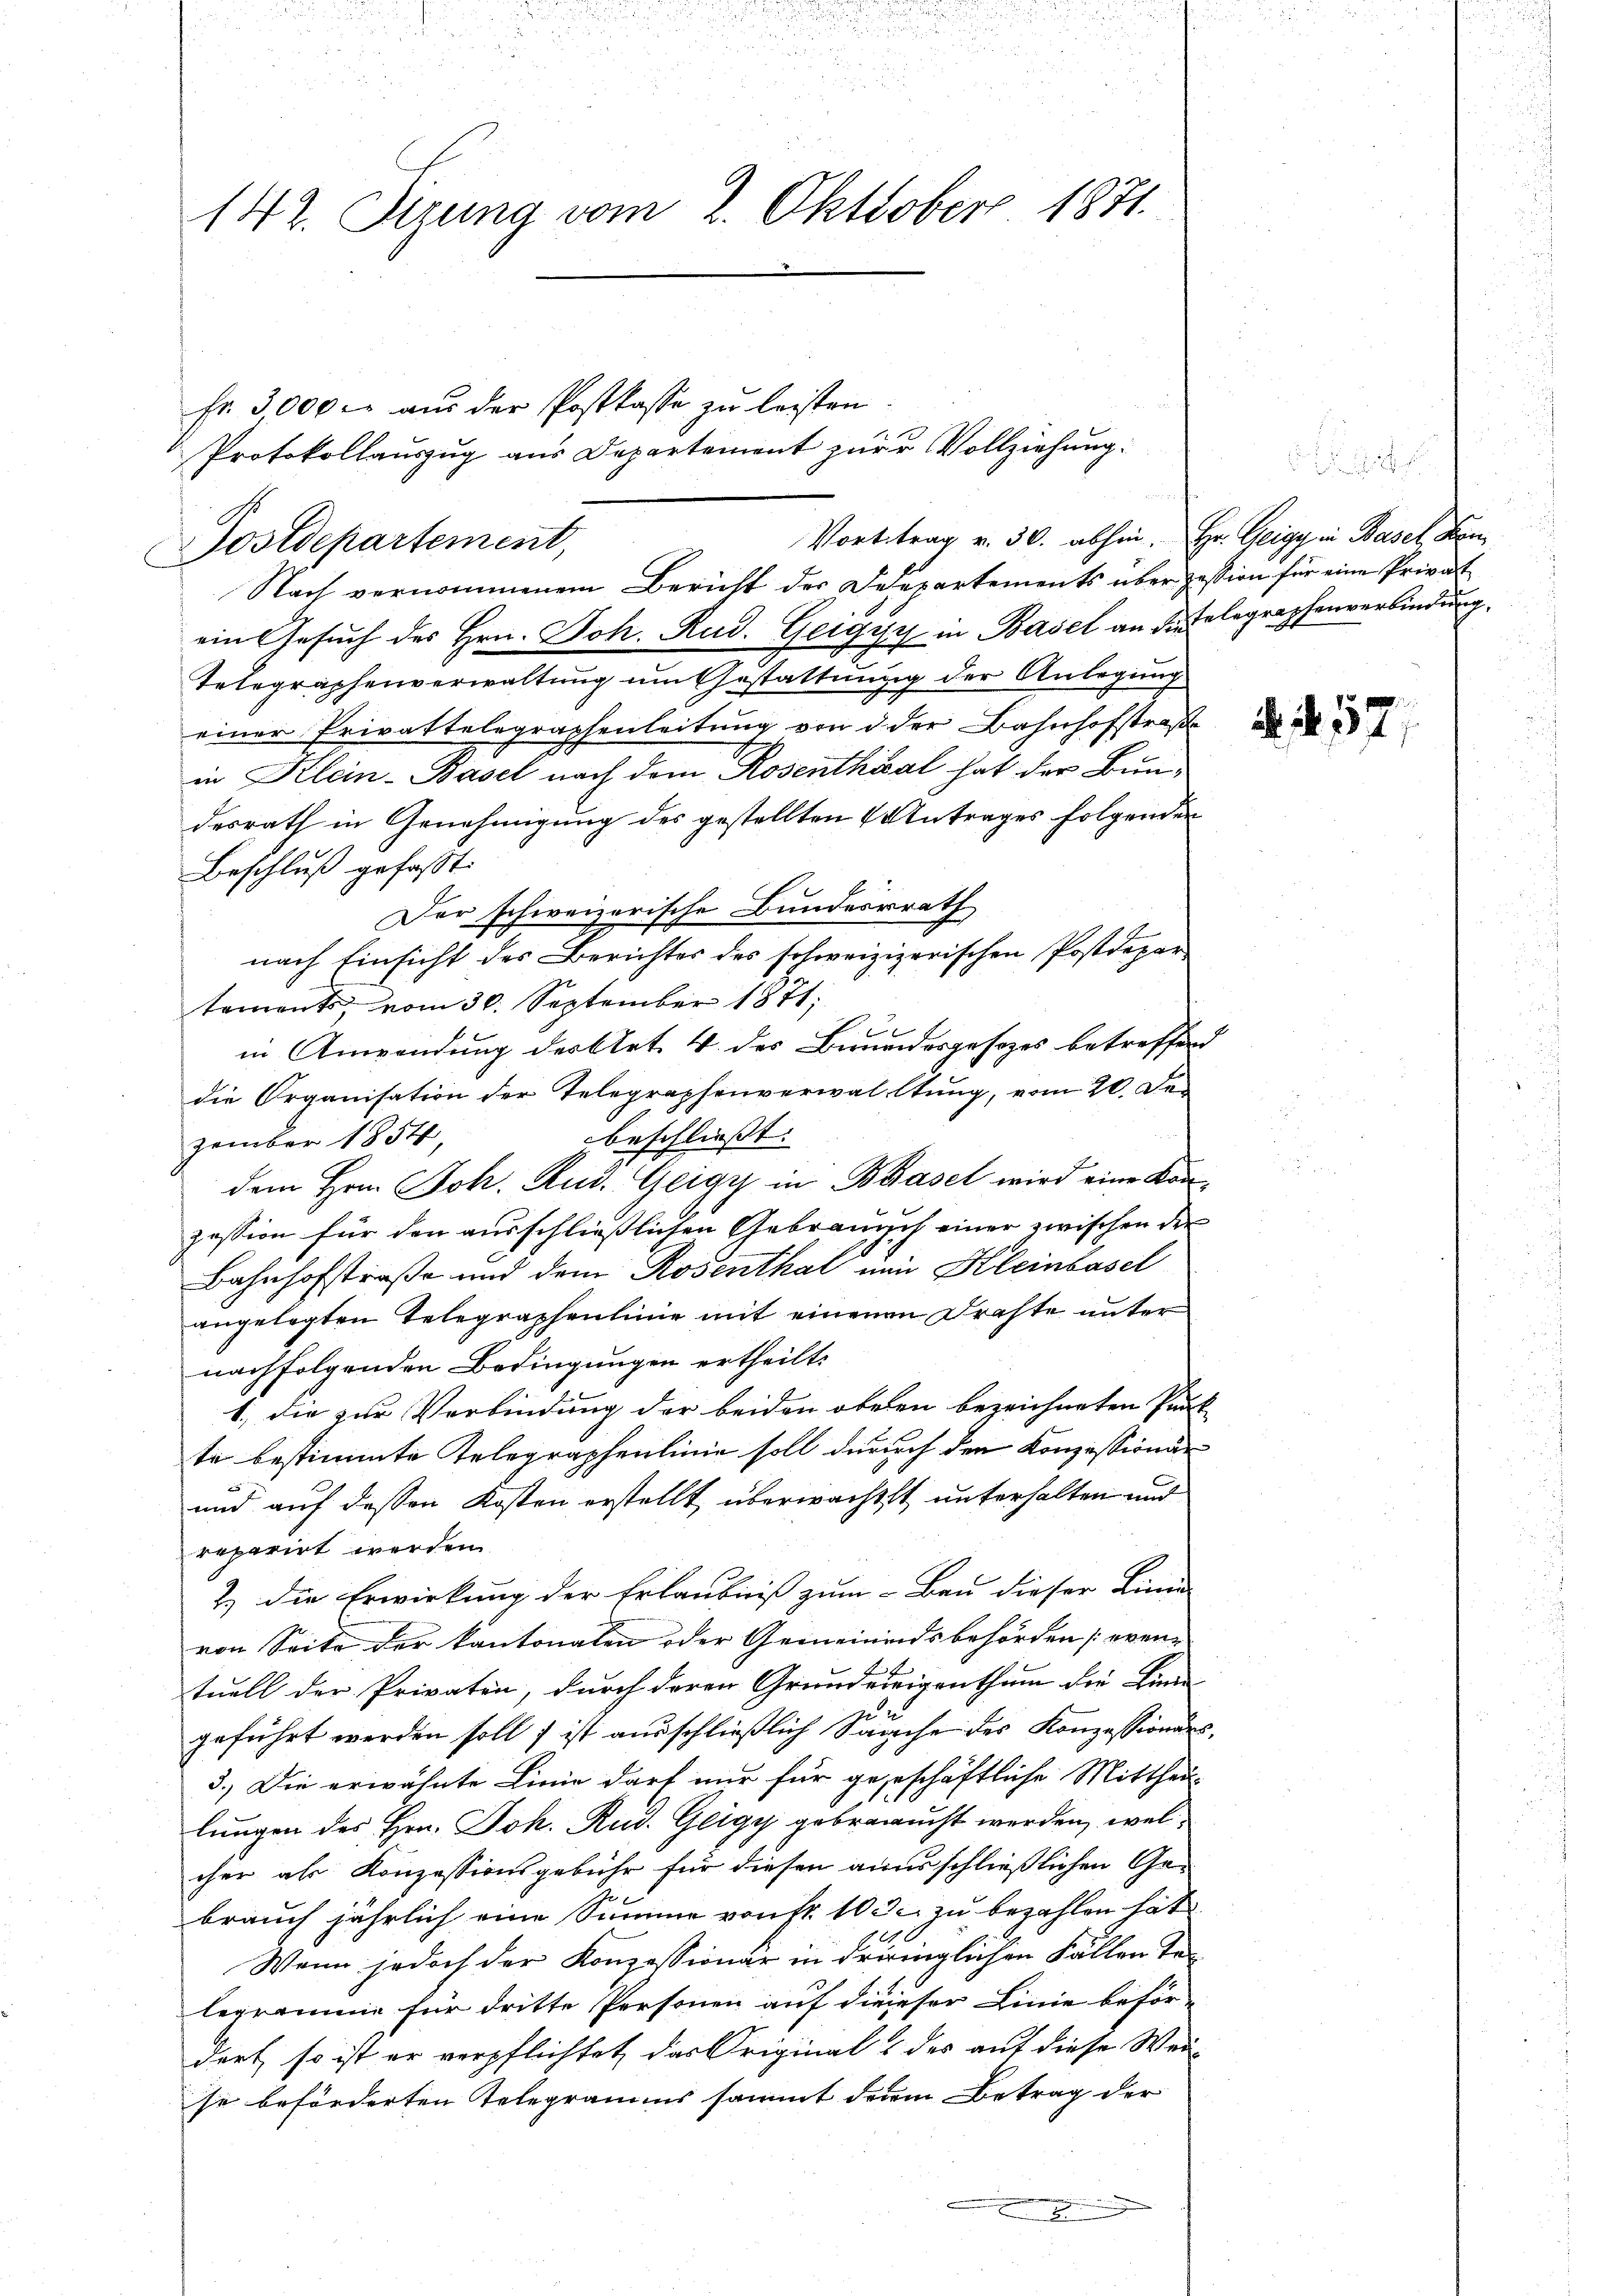
142. Stzung vom 2. Oktober 1871.

Vorttrag v. 30. abhin. Hr. Geigy in Basel Ken
ein Gesuch des Hrn. Joh. Rud. Geigyy in Basel an die Telegraphenverbindung.
Telegraphenverwaltung um Gestattung der Anlegung
einer Privattelegraphenleitung von d. der Bahnhofstraße
in Klein-Basel nach dem Rosenthésal hat der Bundesrath in Genehmigung des gestellten Antrages folgenden
Beschluß gefaßt.
Der schweizerische Bundesrath
nach Einsicht des Berichter des schweizizerischen Postdepar
taments, vom 30. September 1871;
in Anwendung der Art. 4 des Brundesgesezes betreffend
die Organisation der Telegraphenverwaltung, vom 20. Debeschließt:
zember 1854,
dem Hrn. Joh. Rud. Geigy in Basel wird eine Kanzession für den ausschließlichen Gebrauch einer zwischen der
Bahnhofstraße und dem Rosenthal ein Kleinbasel
angelegten Telegraphenlinie mit einenen Drahte unter
nachfolgenden Bedingungen ertheilt.
1. die zur Verbindung der beiden oberen bezeichneten Punk
te bestimmte Telegraphenlinie soll durch den Konzessionär
und auf dessen Kosten erstellt überwachtet unterhalten und
reparirt werden
2.) die Erwirkung der Erlaubniß zum Bau dieser Lina
von Seite der kantonalen oder Gemeindsbehörden even-
tuell der Privaten, durch deren Grundereigenthum die Linne
geführt werden soll ist ausschließlich Sache des Konzessiones,
3.) Die erwähnte Linie darf nur für geschäftliche Mittheil-
lungen des Hrn. Joh. Rud. Gligy gebraucht werden, welcher als Konzessionsgebühr für diesen ausschließlichen Ge-
brauch jährlich eine Summe von fr. 1000 zu bezahlen hat
Wenn jedoch der Konzessionär in dringlichen Fällen Telegramme für dritte Personen auf dieser Linie beför-
dort, so ist er verpflichtet, das Original & des auf diese Wei-
se beförderten Telegramms sammt derem Betrag der
.

Postdepartement,

Fr. 3000. aus der Postkasse zu leisten.
Protokollauszug aus Departement zur Vollziehung.

Nach vernommenem Bericht der Desepartements über Zession für eine Privat

. . 57.